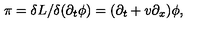
\pi = \delta L / \delta ( \partial _ { t } \phi ) = ( \partial _ { t } + v \partial _ { x } ) \phi ,